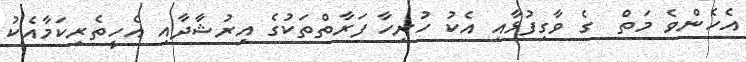
އެހެންވެ މަތް  ގެ ވާގިފުޅާއި އެކު ހުރިހާ ފަރާތްތަކުގެ އިރުޝާދާއި އެހީތެރިކަމާއެކު